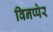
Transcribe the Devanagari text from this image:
विनप्पेर